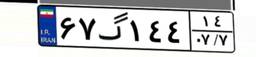
۶۷گ۱۴۴۱۴